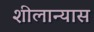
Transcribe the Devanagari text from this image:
शीलान्यास